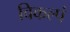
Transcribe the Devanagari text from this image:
विकल्पं